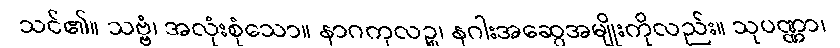
သင်၏။ သဗ္ဗံ၊ အလုံးစုံသော။ နာဂကုလဉ္စ၊ နဂါးအဆွေအမျိုးကိုလည်း။ သုပဏ္ဏာ၊